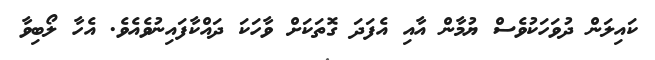
ކައިލަން ދުވަހަކުވެސް ޔުމާން އާއި އެފަދަ ގޮތަކަށް ވާހަކަ ދައްކާފައިނުވެއެވެ. އެހާ ލޯބިވާ